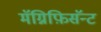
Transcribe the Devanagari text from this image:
मॅग्निफ़िसॅन्ट